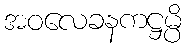
အဝလေခနကဋ္ဌမ္ပိ